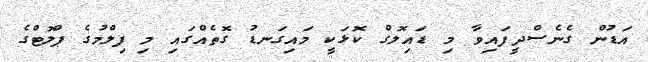
އަޑުން ގެނެސްދީފައިވާ މި ޑައިލޮގް ކޮޅަކީ މައިގަނޑު ގޮތެއްގައި މި ފިލްމުގެ ޕްލޮޓްގެ